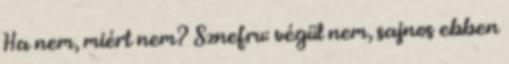
Ha nem, miért nem? Sznefru: végül nem, sajnos ebben